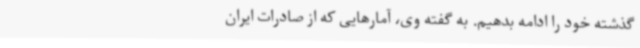
گذشته خود را ادامه بدهیم. به گفته وی، آمارهایی که از صادرات ایران